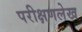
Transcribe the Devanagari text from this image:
परीक्षणलेख